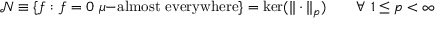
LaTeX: { \mathcal { N } } \equiv \{ f : f = 0 \ \mu { \mathrm { - a l m o s t ~ e v e r y w h e r e } } \} = \ker ( \| \cdot \| _ { p } ) \qquad \forall \ 1 \leq p < \infty